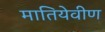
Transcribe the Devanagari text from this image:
मातियेवीण